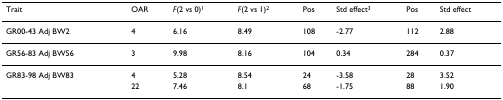
<table><thead><tr><td><b>Trait</b></td><td><b>OAR</b></td><td><b><i>F</i>(2 vs 0)<sup>1</sup></b></td><td><b><i>F</i>(2 vs 1)<sup>2</sup></b></td><td><b>Pos</b></td><td><b>Std effect<sup>3</sup></b></td><td><b>Pos</b></td><td><b>Std effect</b></td></tr></thead><tbody><tr><td>GR00-43 Adj BW2</td><td>4</td><td>6.16</td><td>8.49</td><td>108</td><td>-2.77</td><td>112</td><td>2.88</td></tr><tr><td>GR56-83 Adj BW56</td><td>3</td><td>9.98</td><td>8.16</td><td>104</td><td>0.34</td><td>284</td><td>0.37</td></tr><tr><td>GR83-98 Adj BW83</td><td>4</td><td>5.28</td><td>8.54</td><td>24</td><td>-3.58</td><td>28</td><td>3.52</td></tr><tr><td></td><td>22</td><td>7.46</td><td>8.1</td><td>68</td><td>-1.75</td><td>88</td><td>1.90</td></tr></tbody></table>